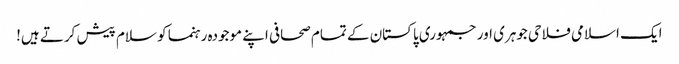
ایک اسلامی فلاحی جوہری اور جمہوری پاکستان کے تمام صحافی اپنے موجودہ رہنما کو سلام پیش کرتے ہیں!